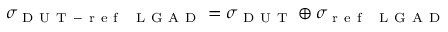
\sigma _ { \mathrm { ~ D ~ U ~ T ~ - ~ r ~ e ~ f ~ ~ ~ L ~ G ~ A ~ D ~ } } = \sigma _ { \mathrm { ~ D ~ U ~ T ~ } } \oplus \sigma _ { \mathrm { ~ r ~ e ~ f ~ ~ ~ L ~ G ~ A ~ D ~ } }